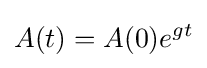
A(t)=A(0)e^{gt}